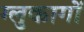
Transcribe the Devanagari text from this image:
ग्लुकागों